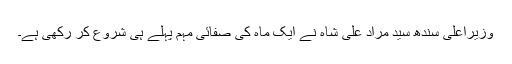
وزیراعلٰی سندھ سید مراد علی شاہ نے ایک ماہ کی صفائی مہم پہلے ہی شروع کر رکھی ہے۔